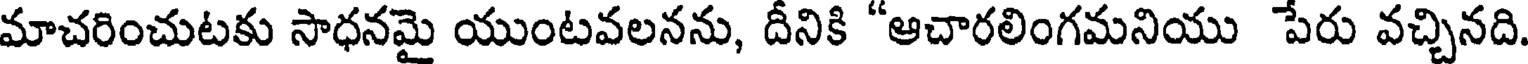
మాచరించుటకు సాధనమై యుంటవలనను, దీనికి "ఆచారలింగమనియు పేరు వచ్చినది